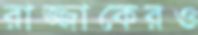
রাজ্জাকেরও